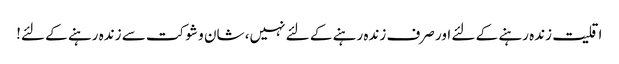
اقلیت زندہ رہنے کے لئے اور صرف زندہ رہنے کے لئے نہیں، شان و شوکت سے زندہ رہنے کے لئے!